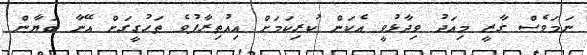
ނަމަވެސް ގާޒީ މިއަދު ވިދާޅުވީ އެކަން ކުރިކަމަށް އިއުތިރާފުވެ ތަހުގީގަށް އޭނާ ބަޔާން